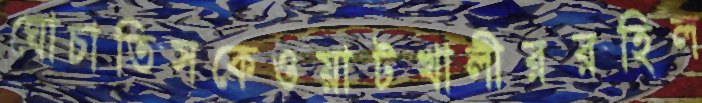
ঘোচাতিসকেওয়াটখালীররহিল